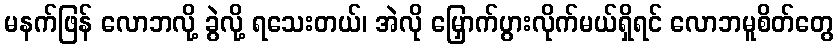
မနက်ဖြန် လောဘလို့ ခွဲလို့ ရသေးတယ်၊ အဲလို မြှောက်ပွားလိုက်မယ်ရှိရင် လောဘမူစိတ်တွေ